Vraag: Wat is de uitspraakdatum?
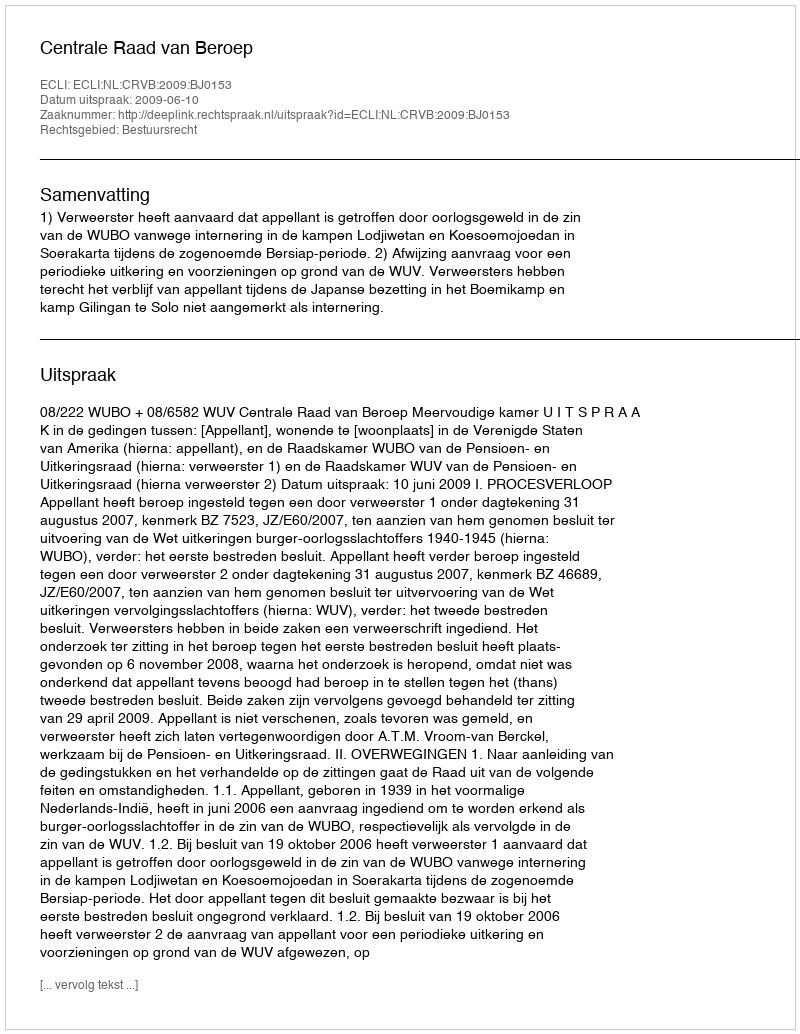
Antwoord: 2009-06-10